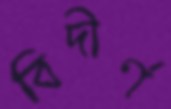
বিদীর্ণ